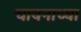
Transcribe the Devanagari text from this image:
चायनाच्या